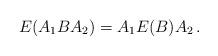
LaTeX: \begin{align*} E(A_1BA_2)=A_1E(B)A_2 \,.\end{align*}